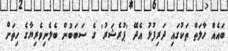
ބައެއް ހާލަތް ތަކުގައި ދަރިފުޅު އެދޭ 'ޕުރެޝަރު' ގެ ސަބަބުން ބެލެނިވެރިޔާގެ ހިތަށް